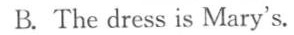
B. The dress is Mary's.